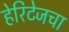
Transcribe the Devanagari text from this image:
हेरिटेजचा